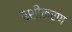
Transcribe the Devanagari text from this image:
बशीकरण